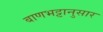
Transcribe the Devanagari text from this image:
बाणभट्टानुसार